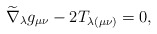
\begin{align*}\widetilde{\nabla }_{\lambda }g_{\mu \nu }-2T_{\lambda (\mu \nu )}=0,\end{align*}